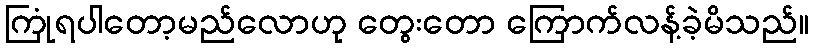
ကြုံရပါတော့မည်လောဟု တွေးတော ကြောက်လန့်ခဲ့မိသည်။